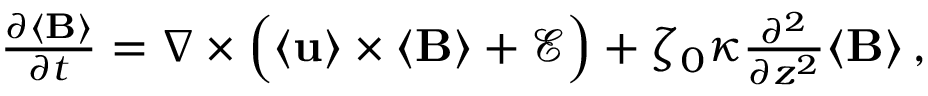
\begin{array} { r } { \frac { \partial \langle \mathbf { B } \rangle } { \partial t } = \nabla \times \Big ( \langle \mathbf { u } \rangle \times \langle \mathbf { B } \rangle + \mathbf { \mathcal { E } } \Big ) + \zeta _ { 0 } \kappa \frac { \partial ^ { 2 } } { \partial z ^ { 2 } } \langle \mathbf { B } \rangle \, , } \end{array}